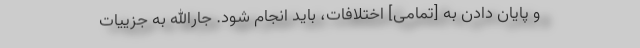
و پایان دادن به [تمامی] اختلافات، باید انجام شود. جارالله به جزییات